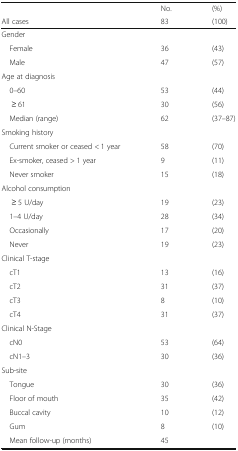
|  | No. | (%) |
 | All cases | 83 | (100) |
 | --- | --- | --- |
 | <COLSPAN=3> Gender |
 | Female | 36 | (43) |
 | Male | 47 | (57) |
 | <COLSPAN=3> Age at diagnosis |
 | 0–60 | 53 | (44) |
 | ≥ 61 | 30 | (56) |
 | Median (range) | 62 | (37–87) |
 | <COLSPAN=3> Smoking history |
 | Current smoker or ceased < 1 year | 58 | (70) |
 | Ex-smoker, ceased > 1 year | 9 | (11) |
 | Never smoker | 15 | (18) |
 | <COLSPAN=3> Alcohol consumption |
 | ≥ 5 U/day | 19 | (23) |
 | 1–4 U/day | 28 | (34) |
 | Occasionally | 17 | (20) |
 | Never | 19 | (23) |
 | <COLSPAN=3> Clinical T-stage |
 | cT1 | 13 | (16) |
 | cT2 | 31 | (37) |
 | cT3 | 8 | (10) |
 | cT4 | 31 | (37) |
 | <COLSPAN=3> Clinical N-Stage |
 | cN0 | 53 | (64) |
 | cN1–3 | 30 | (36) |
 | <COLSPAN=3> Sub-site |
 | Tongue | 30 | (36) |
 | Floor of mouth | 35 | (42) |
 | Buccal cavity | 10 | (12) |
 | Gum | 8 | (10) |
 | Mean follow-up (months) | 45 |  |